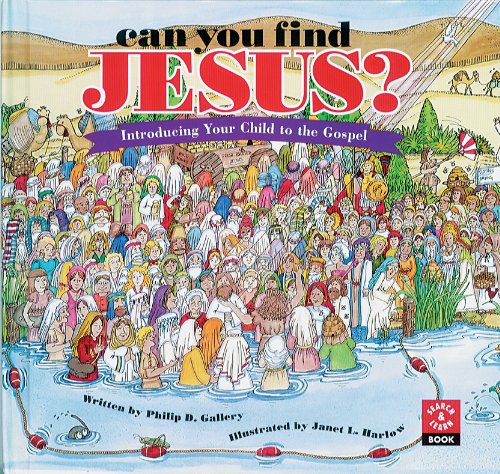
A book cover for Can You Find Jesus? Introducing Your Child to the Gospel (Search & Learn Books); Philip D. Gallery; Christian Books & Bibles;